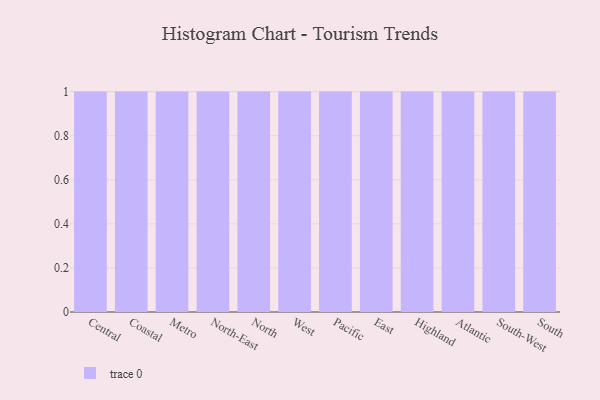
{"axis": {"x": "Region", "y": "Churn Rate (%)"}, "legend": [""], "data": [{"x": "Central", "y": 20, "type": ""}, {"x": "Coastal", "y": 79, "type": ""}, {"x": "Metro", "y": 67, "type": ""}, {"x": "North-East", "y": 72, "type": ""}, {"x": "North", "y": 72, "type": ""}, {"x": "West", "y": 50, "type": ""}, {"x": "Pacific", "y": 13, "type": ""}, {"x": "East", "y": 72, "type": ""}, {"x": "Highland", "y": 91, "type": ""}, {"x": "Atlantic", "y": 21, "type": ""}, {"x": "South-West", "y": 12, "type": ""}, {"x": "South", "y": 30, "type": ""}]}